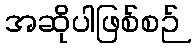
အဆိုပါဖြစ်စဉ်